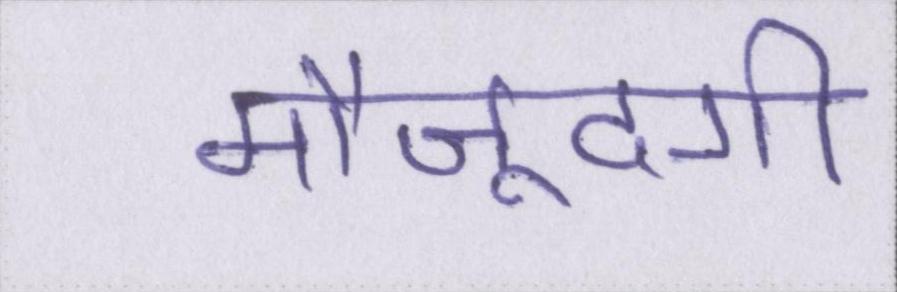
मौजूदगी